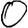
Digit: 0